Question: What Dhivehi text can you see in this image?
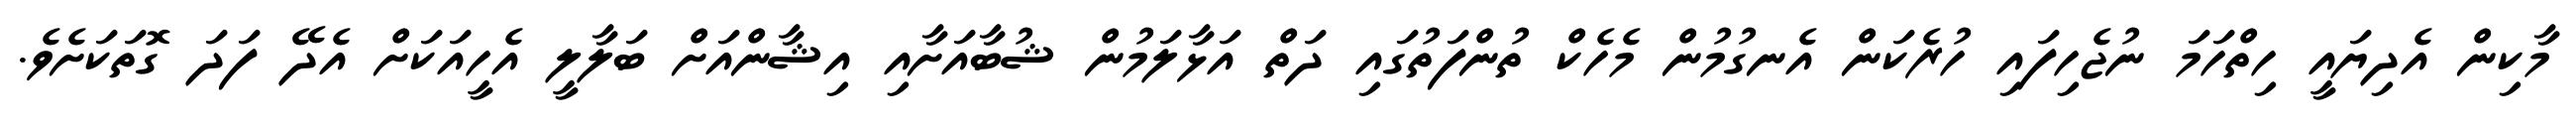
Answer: މާކިން އެދިޔައީ ހިތްހަމަ ނުޖެހިފައި ހުރެކަން އެނގުމުން މެހެކް ތުންފަތުގައި ދަތް އަޅާލަމުން ޝުބާއަށާއި އިޝާންއަށް ބަލާލީ އެހީއަކަށް އެދޭ ފަދަ ގޮތަކަށެވެ.